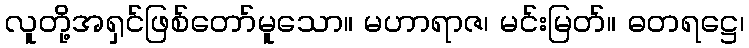
လူတို့အရှင်ဖြစ်တော်မူသော။ မဟာရာဇ၊ မင်းမြတ်။ ဓတရဋ္ဌေ၊